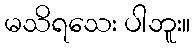
မသိရသေး ပါဘူး။